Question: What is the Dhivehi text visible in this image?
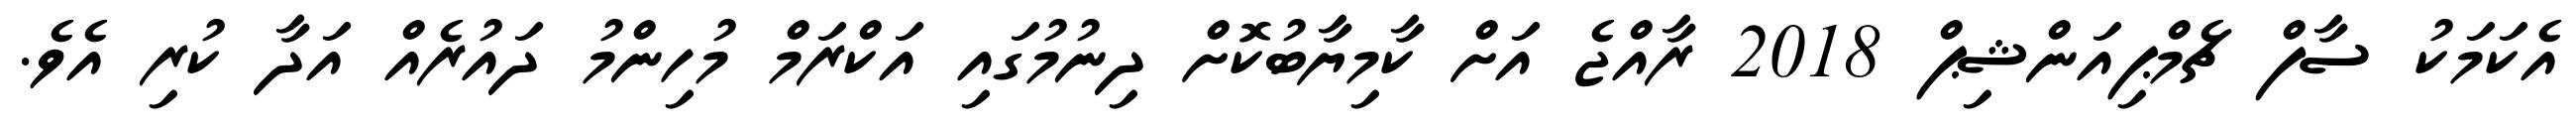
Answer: އެކަމަކު ސާފް ޗެމްޕިއަންޝިޕް 2018 ރާއްޖެ އަށް ކާމިޔާބުކޮށް ދިނުމުގައި އަކްރަމް މުހިންމު ދައުރެއް އަދާ ކުރި އެވެ.